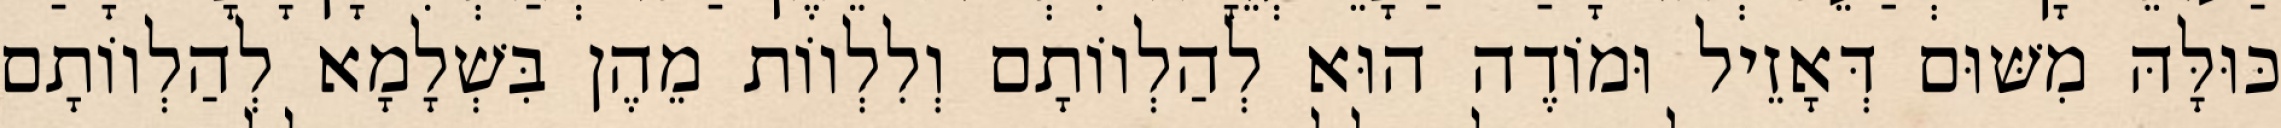
כּוּלָּהּ מִשּׁוּם דְּאָזֵיל וּמוֹדֶה הוּא לְהַלְווֹתָם וְלִלְווֹת מֵהֶן בִּשְׁלָמָא לְהַלְווֹתָם